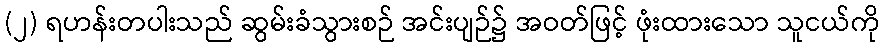
(၂) ရဟန်းတပါးသည် ဆွမ်းခံသွားစဉ် အင်းပျဉ်၌ အဝတ်ဖြင့် ဖုံးထားသော သူငယ်ကို